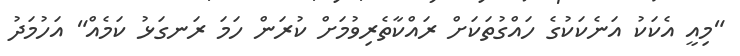
"މިއީ އެކަކު އަނެކަކުގެ ހައްގުތަކަށް ރައްކާތެރިވުމަށް ކުރަން ހަމަ ރަނގަޅު ކަމެއް" އަހުމަދު